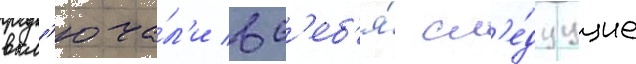
вкл'юча́л'и в с'еб'я́ сл'е́дуущие